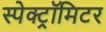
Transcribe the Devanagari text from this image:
स्पेक्ट्रॉमिटर